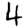
Digit: 4